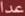
عدا